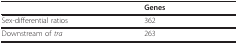
<table><thead><tr><td></td><td><b>Genes</b></td></tr></thead><tbody><tr><td>Sex-differential ratios</td><td>362</td></tr><tr><td>Downstream of <i>tra</i></td><td>263</td></tr></tbody></table>